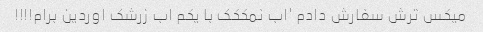
میکس ترش سفارش دادم 'اب نمککک با یکم اب زرشک اوردین برام!!!!